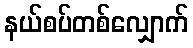
နယ်စပ်တစ်လျှောက်